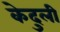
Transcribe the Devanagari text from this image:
केदुली